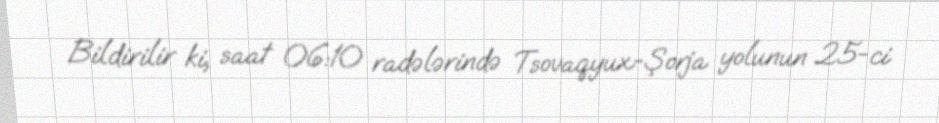
Bildirilir ki, saat 06:10 radələrində Tsovaqyux-Şorja yolunun 25-ci